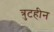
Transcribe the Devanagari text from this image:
त्रुटहीन